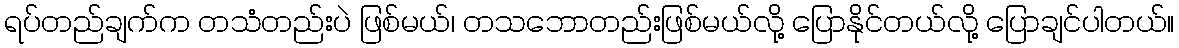
ရပ်တည်ချက်က တသံတည်းပဲ ဖြစ်မယ်၊ တသဘောတည်းဖြစ်မယ်လို့ ပြောနိုင်တယ်လို့ ပြောချင်ပါတယ်။